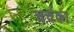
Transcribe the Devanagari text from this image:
चर्चका